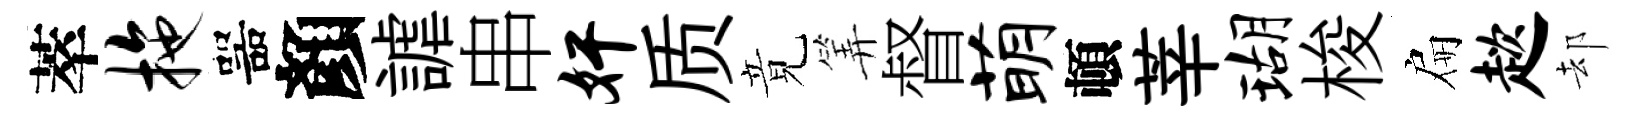
萃拖噐顏謔串奸质竟筭督萌頓莘瑚梭扁趑却